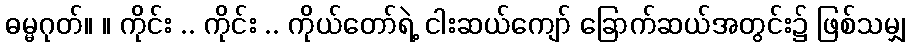
ဓမ္မဂုတ်။ ။ ကိုင်း .. ကိုင်း .. ကိုယ်တော်ရဲ့ ငါးဆယ်ကျော် ခြောက်ဆယ်အတွင်း၌ ဖြစ်သမျှ